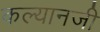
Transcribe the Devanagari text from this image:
कल्यानजी